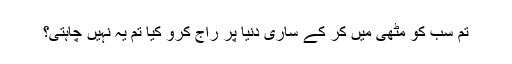
تم سب کو مٹھی میں کر کے ساری دنیا پر راج کرو کیا تم یہ نہیں چاہتی؟